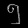
Digit: ၅